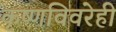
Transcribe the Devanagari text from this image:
कृष्णविवरेही